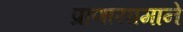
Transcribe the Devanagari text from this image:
प्राणायामाने